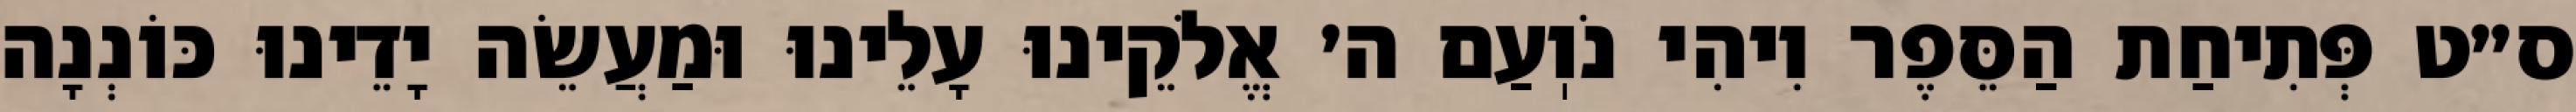
ס״ט פְּתִיחַת הַסֵּפֶר וִיהִי נֹוֽעַם ה׳ אֱלֹקֵינוּ עָלֵינוּ וּמַעֲשֵׂה יָדֵינוּ כּוֹנְנָה